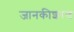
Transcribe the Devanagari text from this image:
जानकीशरण